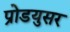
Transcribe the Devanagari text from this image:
प्रोडयुसर